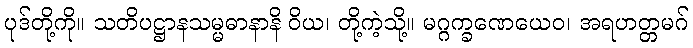
ပုဒ်တို့ကို။ သတိပဋ္ဌာနသမ္မဓာနာနိ ဝိယ၊ တို့ကဲ့သို့။ မဂ္ဂက္ခဏေယေဝ၊ အရဟတ္တမဂ်